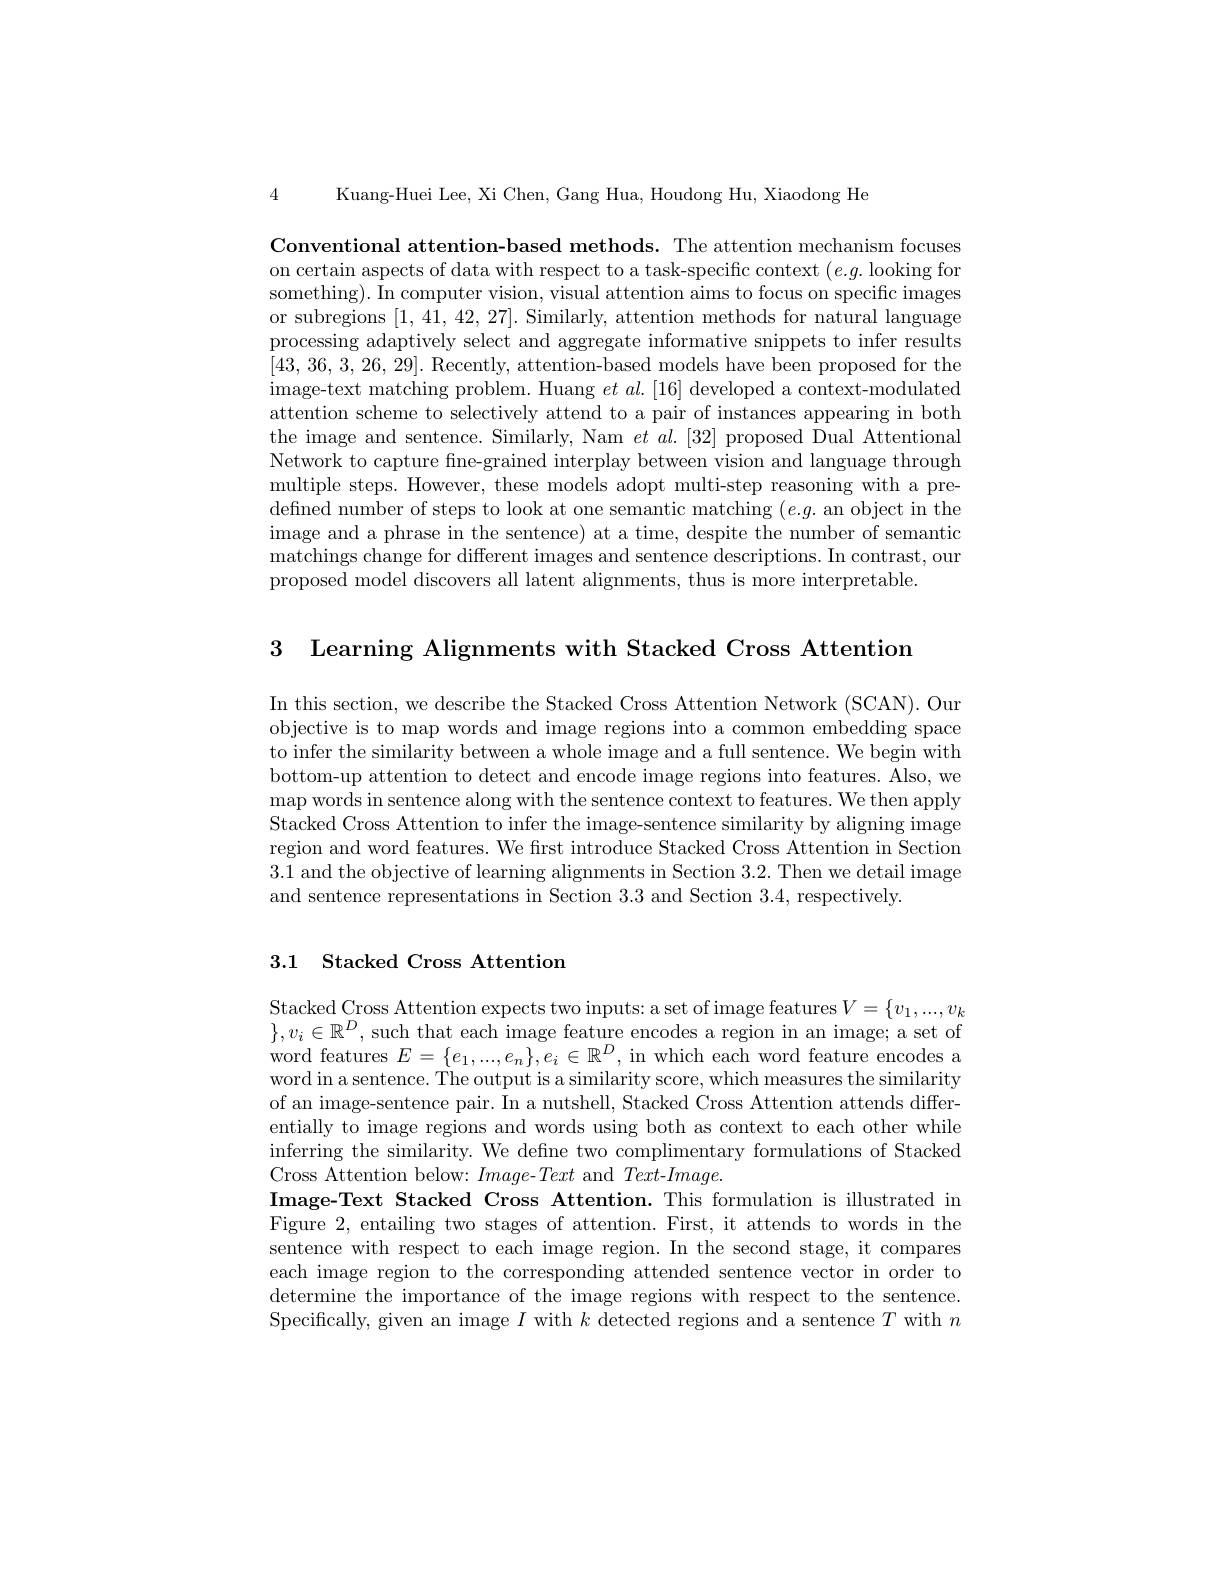
4 Kuang-Huei Lee, Xi Chen, Gang Hua, Houdong Hu, Xiaodong He

Conventional attention-based methods. The attention mechanism focuses on certain aspects of data with respect to a task-specific context $(e.g.$ looking for something). In computer vision, visual attention aims to focus on specific images or subregions [1,41,42,27]. Similarly, attention methods for natural language processing adaptively select and aggregate informative snippets to infer results [43,36,3,26,29]. Recently, attention-based models have been proposed for the image- text matching problem. Huang $et al. [ 16] $developed a context- modulated attention scheme to selectively attend to a pair of instances appearing in both the image and sentence. Similarly, Nam $et\textit{al. [ 32] proposed Dual Attentional}$ Network to capture fine-grained interplay between vision and language through multiple steps. However, these models adopt multi-step reasoning with a predefned number of steps to look at one semantic matching $(e.g.$ an object in the image and a phrase in the sentence) at a time, despite the number of semantic matchings change for different images and sentence descriptions. In contrast, our proposed model discovers all latent alignments, thus is more interpretable.

3 Learning Alignments with Stacked Cross Attention

In this section, we describe the Stacked Cross Attention Network (SCAN). Our objective is to map words and image regions into a common embedding space to infer the similarity between a whole image and a full sentence. We begin with bottom-up attention to detect and encode image regions into features. Also, we map words in sentence along with the sentence context to features. We then apply Stacked Cross Attention to infer the image-sentence similarity by aligning image region and word features. We frst introduce Stacked Cross Attention in Section 3.1 and the objective of learning alignments in Section 3.2. Then we detail image and sentence representations in Section 3.3 and Section 3.4, respectively.

## 3.1 Stacked Cross Attention

Stacked Cross Attention expects two inputs: a set of image features $V=\{v_1,...,v_k$ $\},v_i\in\mathbb{R}^D$, such that each image feature encodes a region in an image; a set of word features $E=\{e_1,...,e_n\},e_i\in\mathbb{R}^D$, in which each word feature encodes a word in a sentence. The output is a similarity score, which measures the similarity of an image-sentence pair. In a nutshell, Stacked Cross Attention attends differentially to image regions and words using both as context to each other while inferring the similarity. We define two complimentary formulations of Stacked Cross Attention below: $Image-Text$ and $Text-Image.$
Image-Text Stacked Cross Attention. This formulation is illustrated in Figure 2, entailing two stages of attention. First, it attends to words in the sentence with respect to each image region. In the second stage, it compares each image region to the corresponding attended sentence vector in order to determine the importance of the image regions with respect to the sentence. Specifically, given an image $I$ with $k$ detected regions and a sentence $T$ with $n$